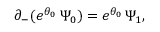
\partial _ { - } ( e ^ { \theta _ { 0 } } \, \Psi _ { 0 } ) = e ^ { \theta _ { 0 } } \, \Psi _ { 1 } ,